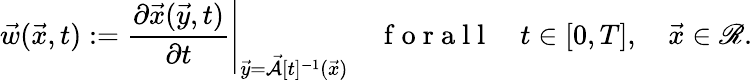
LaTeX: \vec{w}(\vec{x},t):=\left.\frac{\partial\vec{x}(\vec{y},t)}{\partial t}\right|_{\vec{y}=\vec{\mathcal{A}}[t]^{-1}(\vec{x})}\quad\mathrm{~f~o~r~a~l~l~}\quad t\in[0,T],\quad\vec{x}\in\mathscr{R}.